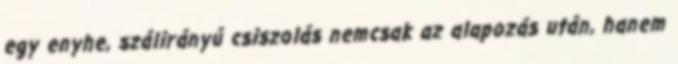
egy enyhe, szálirányú csiszolás nemcsak az alapozás után, hanem